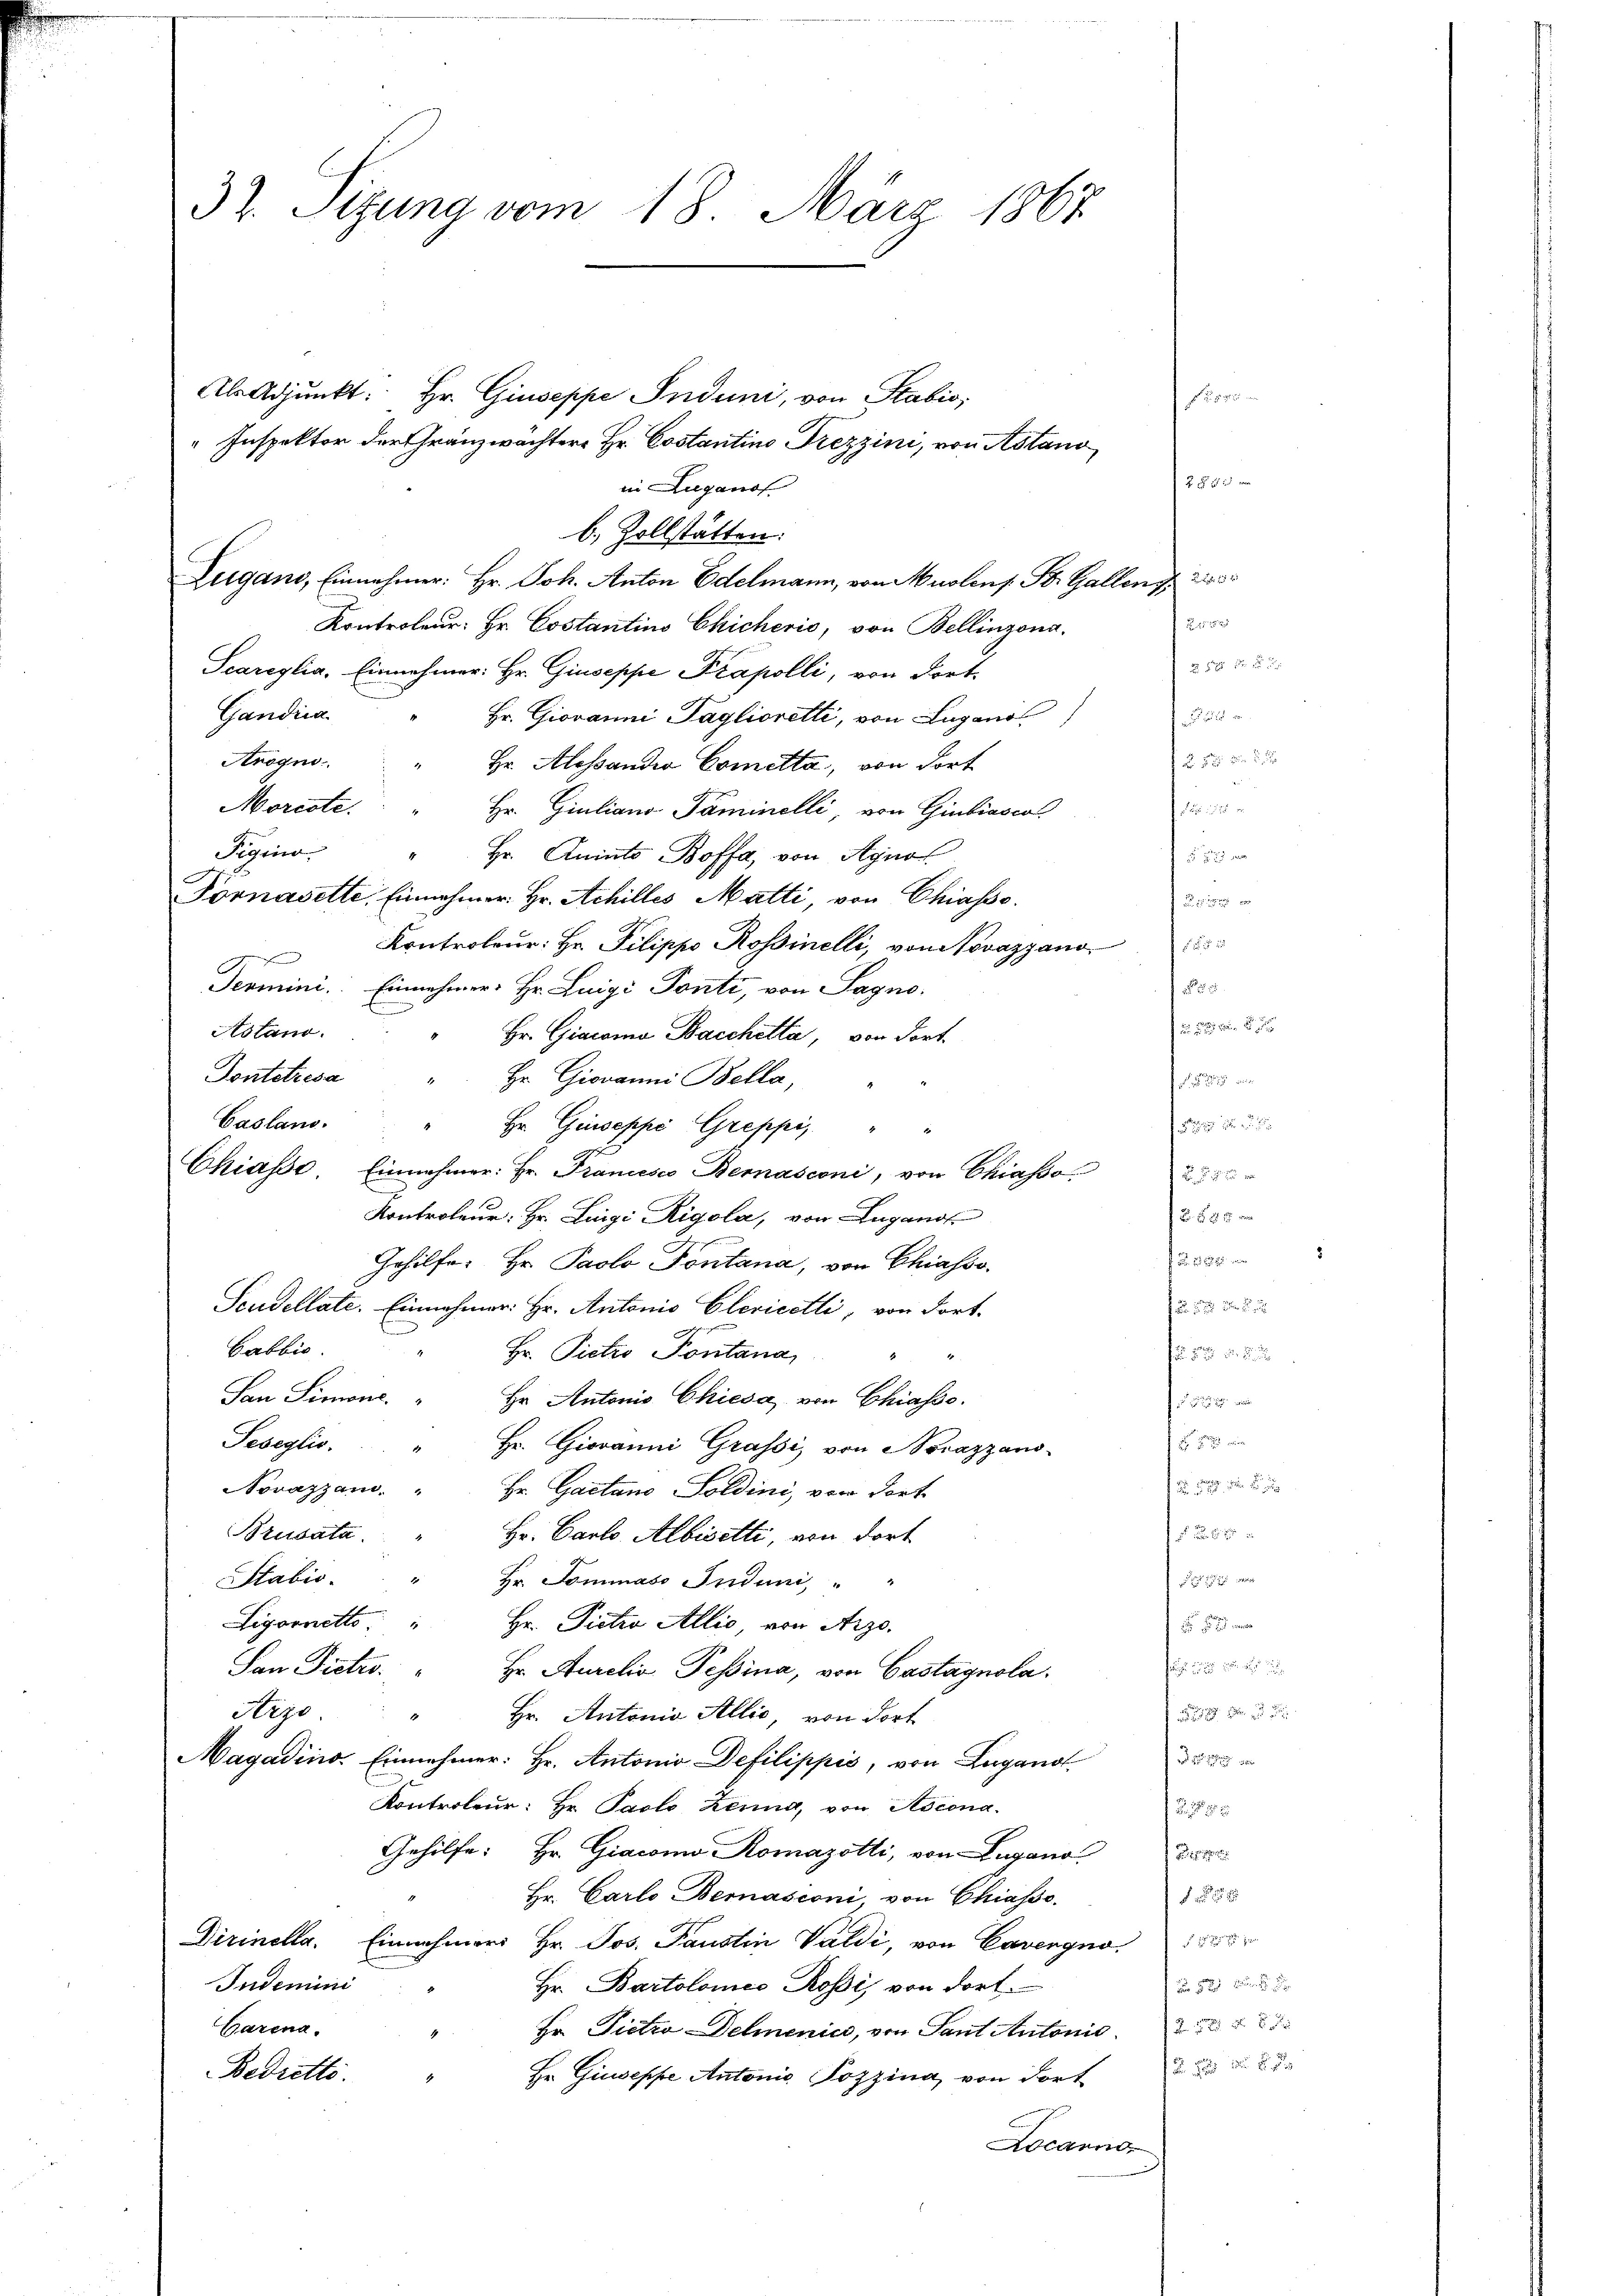
32. Sitzung vom 18. März 1867

Als Adjunkt: Hr. Giuseppe Induni, von Stabis,
" Inspektor der Gränzwächter Hr. Costantins Frezzini, von Astand
in Zuganof
b. Zollstätten:
Zugano, Einnehmer: Hr. Joh. Anton Edelmann, von Mustens. St. Gallens,
Kontroleur: Hr. Costantins Chicheris, von Bellinzona.
Scareylia. Einnehmer. Hr. Giuseppe Prapolli, von dort¬
Gandica
Hr. Giovanni Taglioretti, von Lugano
Arogno
Hr. Alessandio Cometta, von dort
Morcote.
Hr. Giuliano Faminelli, von Giubiasco
Sigrin
Hr. Anints Boffa, von Agnol
Fornasette. Einnehmer Hr. Achilles Matti, von Chiasso.
Kontroleur: Hr. Pilippo Rossinelli, von Novazzano
e
Termini: Einnehmer: Hr. Luigi Ponti, von Sagno-
Astand.
Hr. Giacona Bacchetta, von Fort¬
Sontairesa " Hr. Giovanni Bella,
Casland. "
Hr. Giuseppe Greppi, " "
Chiasso Einnehmer: Hr. Francesco Bernasconi, von Chiasso
Kontroleur; Hr. Luigi Rigola, von Lugano
Johilfe. Hr. Paolo Pontana, von Chiasso.
Soudellate. Einnahmer. Hr. Antonio Clevicetli, von dort-
Cabbis.
Hr. Pietro Pontana,
San Simone.
Hr. Antonis Chiesa von Chiasso.
Seseglic
Hr. Giovanni Grafsi, von Novazzans-
Novazzani.
Hr. Gaetano Soldini, von Tort
Bzudata
Hr. Carto Albisetti, von dort
Stabis.
" Hr. Sommaso Induni, " "
Ligornetto Hr. Pietro Allio, von Arzo-
San Pietro
Hr. Aurelis Tessina, von Castagnola.
Nego,
Hr. Antonia Allić, von dort
Magadino. Einnehmer: Hr. Antonio Defilippis, von Lugano
Kontroleur: Hr. Paolo Zenna, von Ascona
Gehilfe: Hr. Giacomo Romazotti, von Lugano
Hr. Carlo Bernasconi, von Chiasso.
Dirinella. Einnahmers Hr. Jos. Faustin Valdi, von Cavergno 15
Indemini
Hr. Bartolomeo Rosis von dort.
Carena.
Hr. Pietro Dehmenice, von Tant Antonis
Bedretto.
Hr. Giuseppe Antonia Pozzina, von dort
Locarno,

F. S. 14
F 1 202
 12

8 20 x
 2 x

zu

s

fruch zu
f

f 12

F 1 2 Art. 1
 f 8 x